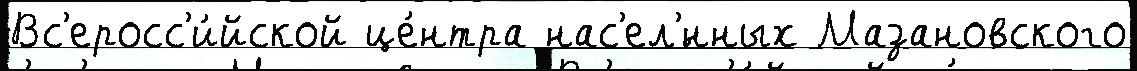
Вс'еросс'и́йской це́нтра нас'ел'́нных Мазановского